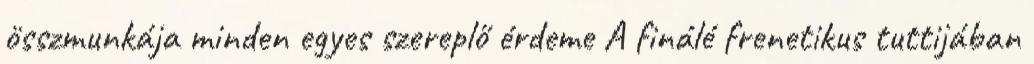
összmunkája minden egyes szereplő érdeme A finálé frenetikus tuttijában